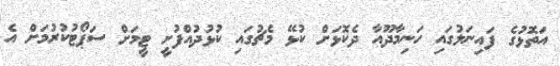
އަތޮޅުގެ ފައިނަލުގައި ހަނިމާދޫއާ ދެކޮޅަށް ކުޅޭ މެޗުގައި ކުޅުދުއްފުށީ ޓީމަށް ސަޕޯޓުކުރުމަށް އެ